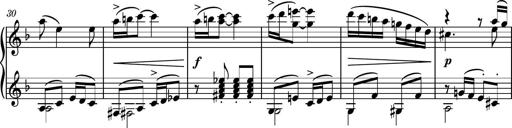
Title: Piano Sonatina II
Composer: Dimitri Sykias
Key: F major